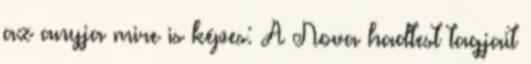
az anyja mire is képes: A Nova hadtest tagjait